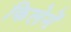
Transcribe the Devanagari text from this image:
किलेमें